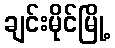
ချင်းမိုင်မြို့